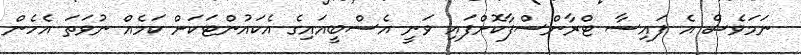
ނަމަވެސް އެ ފައިސާ ޓްރާންސްފާކޮށްފައި ވަނީ އެސްބީއައިގެ އެކައުންޓަކަށް ކަމެއް ނުވަތަ އެހެން